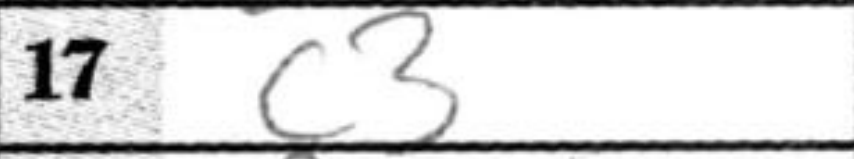
Transcription: c3